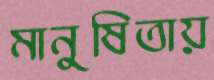
মানুষিতায়